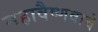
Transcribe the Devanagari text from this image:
महावैष्णवाचे